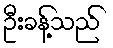
ဦးခန့်သည်